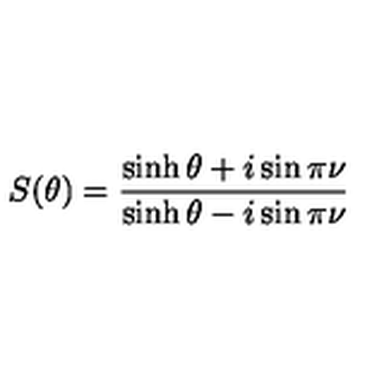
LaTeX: S ( \theta ) = \frac { \sinh \theta + i \sin \pi \nu } { \sinh \theta - i \sin \pi \nu }